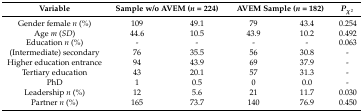
| Variable | <COLSPAN=2> Sample w/o AVEM (n = 224) | <COLSPAN=2> AVEM Sample (n = 182) | Pχ2 |
 | --- | --- | --- | --- | --- | --- |
 | Gender female n (%) | 109 | 49.1 | 79 | 43.4 | 0.254 |
 | Age m (SD) | 44.6 | 10.5 | 43.9 | 10.2 | 0.492 |
 | Education n (%) | - | - | - | - | 0.063 |
 | (Intermediate) secondary | 76 | 35.5 | 56 | 30.8 | - |
 | Higher education entrance | 94 | 43.9 | 69 | 37.9 | - |
 | Tertiary education | 43 | 20.1 | 57 | 31.3 | - |
 | PhD | 1 | 0.5 | 0 | 0.0 | - |
 | Leadership n (%) | 12 | 5.6 | 21 | 11.7 | 0.030 |
 | Partner n (%) | 165 | 73.7 | 140 | 76.9 | 0.450 |